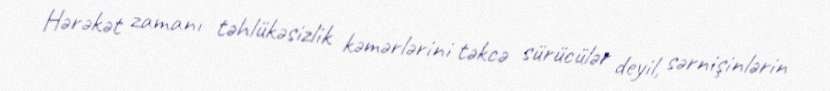
Hərəkət zamanı təhlükəsizlik kəmərlərini təkcə sürücülər deyil, sərnişinlərin